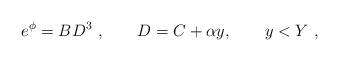
LaTeX: \begin{align*}e^{\phi}= B D^3 \ , \qquad D= C + \alpha y , \qquad y <Y \ ,\end{align*}